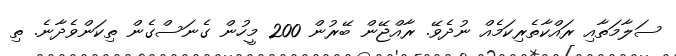
ސަލާމަތާއި ރައްކާތެރިކަމެއް ނުދެވޭ. ރާއްޖޭން ބޭރުން 200 މީހުން ގެނަސްގެން ތިކަންވެދާނެ. ތި